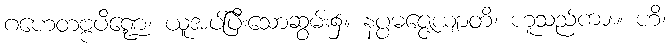
ဂဟေတဗ္ဗပိဏ္ဍေ၊ ယူအပ်ပြီးသောဆွမ်း၌။ နပ္ပမဇ္ဇေယျာတိ၊ ဟူသည်ကား။ ဟိ၊